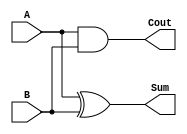
module CarryLookaheadHalfAdder (
    input wire A,      // First single-bit input
    input wire B,      // Second single-bit input
    output wire Sum,   // Sum output
    output wire Cout   // Carry output
);

// Sum calculation using XOR
assign Sum = A ^ B;

// Carry calculation using AND
assign Cout = A & B;

endmodule